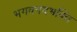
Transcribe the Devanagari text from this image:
भगवनदभक्ति